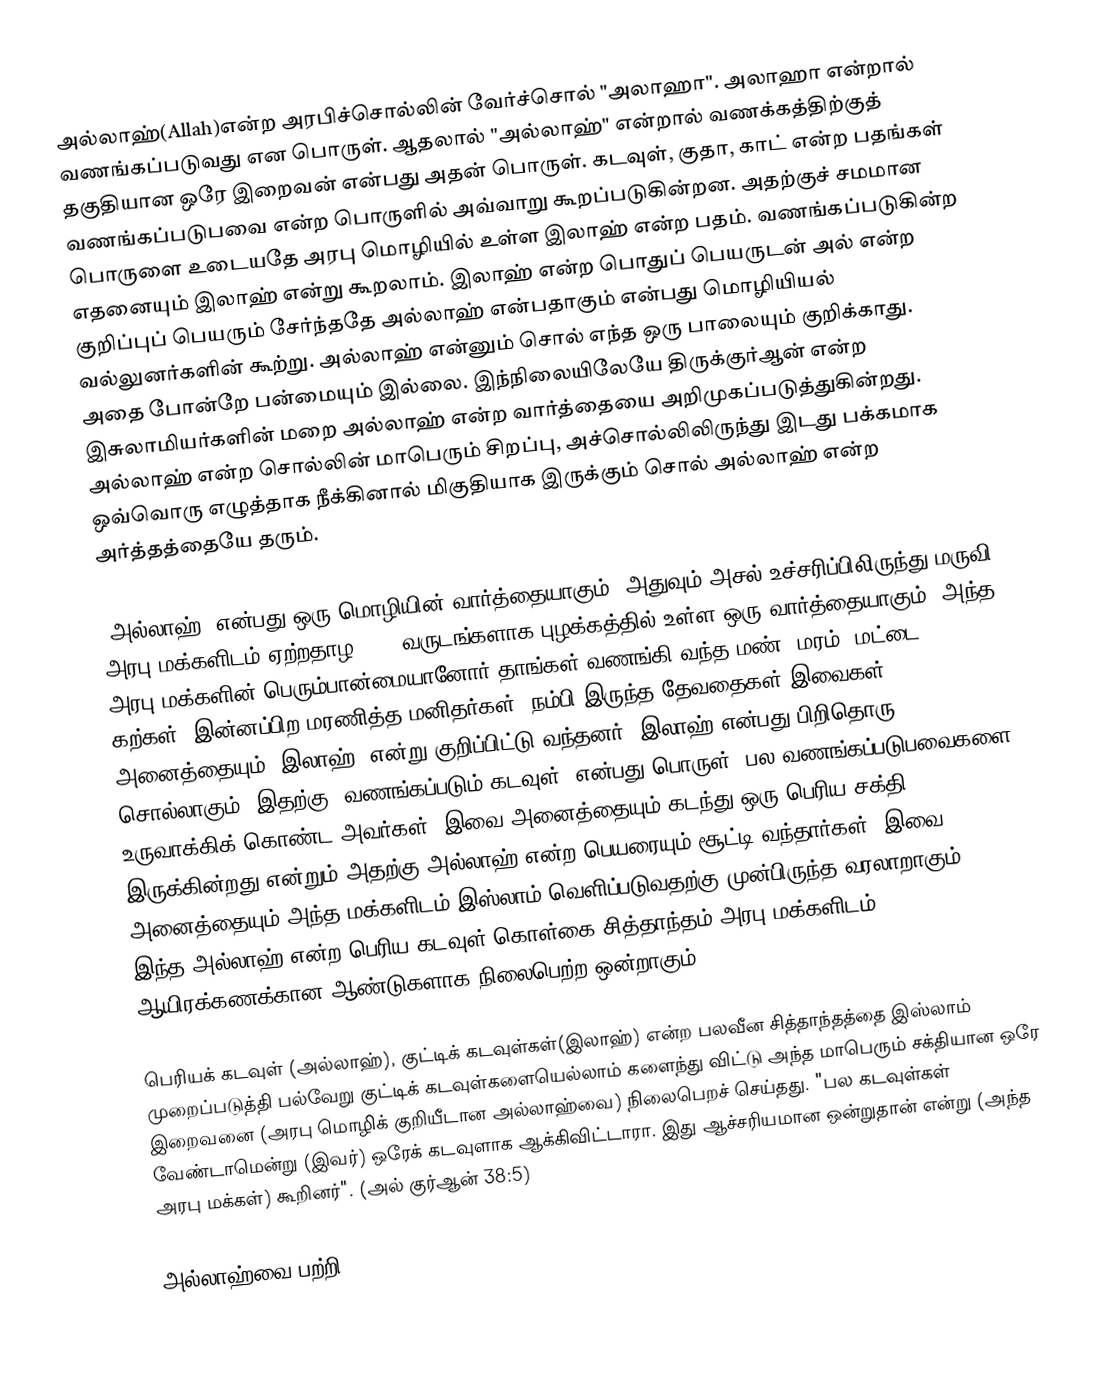
அல்லாஹ்(Allah)என்ற அரபிச்சொல்லின் வேர்ச்சொல் "அலாஹா". அலாஹா என்றால் வணங்கப்படுவது என பொருள். ஆதலால்  "அல்லாஹ்" என்றால் வணக்கத்திற்குத் தகுதியான ஒரே இறைவன் என்பது அதன் பொருள். கடவுள், குதா, காட் என்ற பதங்கள் வணங்கப்படுபவை என்ற பொருளில் அவ்வாறு கூறப்படுகின்றன. அதற்குச் சமமான பொருளை உடையதே அரபு மொழியில் உள்ள இலாஹ் என்ற பதம். வணங்கப்படுகின்ற எதனையும் இலாஹ் என்று கூறலாம். இலாஹ் என்ற பொதுப் பெயருடன் அல் என்ற குறிப்புப் பெயரும் சேர்ந்ததே அல்லாஹ் என்பதாகும் என்பது மொழியியல் வல்லுனர்களின் கூற்று. அல்லாஹ் என்னும் சொல் எந்த ஒரு பாலையும் குறிக்காது. அதை போன்றே பன்மையும் இல்லை. இந்நிலையிலேயே திருக்குர்ஆன் என்ற இசுலாமியர்களின் மறை அல்லாஹ் என்ற வார்த்தையை அறிமுகப்படுத்துகின்றது. அல்லாஹ் என்ற சொல்லின் மாபெரும் சிறப்பு, அச்சொல்லிலிருந்து இடது பக்கமாக ஒவ்வொரு எழுத்தாக நீக்கினால் மிகுதியாக இருக்கும் சொல் அல்லாஹ் என்ற அர்த்தத்தையே தரும்.

'அல்லாஹ்' என்பது ஒரு மொழியின் வார்த்தையாகும். அதுவும் அசல் உச்சரிப்பிலிருந்து மருவி அரபு மக்களிடம் ஏற்றதாழ 4000 வருடங்களாக புழக்கத்தில் உள்ள ஒரு வார்த்தையாகும். அந்த அரபு மக்களின் பெரும்பான்மையானோர் தாங்கள் வணங்கி வந்த மண், மரம், மட்டை, கற்கள், இன்னப்பிற மரணித்த மனிதர்கள், நம்பி இருந்த தேவதைகள் இவைகள் அனைத்தையும் 'இலாஹ்' என்று குறிப்பிட்டு வந்தனர். இலாஹ் என்பது பிறிதொரு சொல்லாகும். இதற்கு 'வணங்கப்படும் கடவுள்' என்பது பொருள். பல வணங்கப்படுபவைகளை உருவாக்கிக் கொண்ட அவர்கள், இவை அனைத்தையும் கடந்து ஒரு பெரிய சக்தி இருக்கின்றது என்றும் அதற்கு அல்லாஹ் என்ற பெயரையும் சூட்டி வந்தார்கள். இவை அனைத்தையும் அந்த மக்களிடம் இஸ்லாம் வெளிப்படுவதற்கு முன்பிருந்த வரலாறாகும். இந்த அல்லாஹ் என்ற பெரிய கடவுள் கொள்கை சித்தாந்தம் அரபு மக்களிடம் ஆயிரக்கணக்கான ஆண்டுகளாக நிலைபெற்ற ஒன்றாகும்.

பெரியக் கடவுள் (அல்லாஹ்), குட்டிக் கடவுள்கள்(இலாஹ்) என்ற பலவீன சித்தாந்தத்தை இஸ்லாம் முறைப்படுத்தி பல்வேறு குட்டிக் கடவுள்களையெல்லாம் களைந்து விட்டு அந்த மாபெரும் சக்தியான ஒரே இறைவனை (அரபு மொழிக் குறியீடான அல்லாஹ்வை) நிலைபெறச் செய்தது. "பல கடவுள்கள் வேண்டாமென்று (இவர்) ஒரேக் கடவுளாக ஆக்கிவிட்டாரா. இது ஆச்சரியமான ஒன்றுதான் என்று (அந்த அரபு மக்கள்) கூறினர்". (அல் குர்ஆன் 38:5)

அல்லாஹ்வை பற்றி